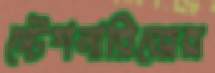
স্টেশনারিজের